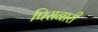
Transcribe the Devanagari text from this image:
पिसनारी